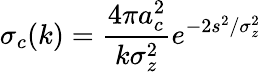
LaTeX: \sigma_{c}(k)=\frac{4\pi a_{c}^{2}}{k\sigma_{z}^{2}}e^{-2s^{2}/\sigma_{z}^{2}}